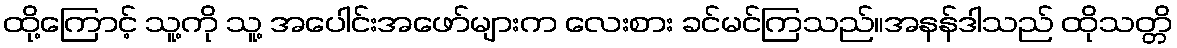
ထို့ကြောင့် သူ့ကို သူ့ အပေါင်းအဖော်များက လေးစား ခင်မင်ကြသည်။အနန်ဒါသည် ထိုသတ္တိ